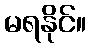
မရနိုင်။